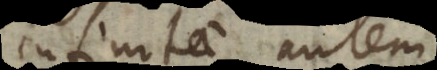
Infinitae autem